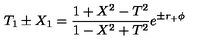
T _ { 1 } \pm X _ { 1 } = { \frac { 1 + X ^ { 2 } - T ^ { 2 } } { 1 - X ^ { 2 } + T ^ { 2 } } } e ^ { \pm r _ { + } \phi }